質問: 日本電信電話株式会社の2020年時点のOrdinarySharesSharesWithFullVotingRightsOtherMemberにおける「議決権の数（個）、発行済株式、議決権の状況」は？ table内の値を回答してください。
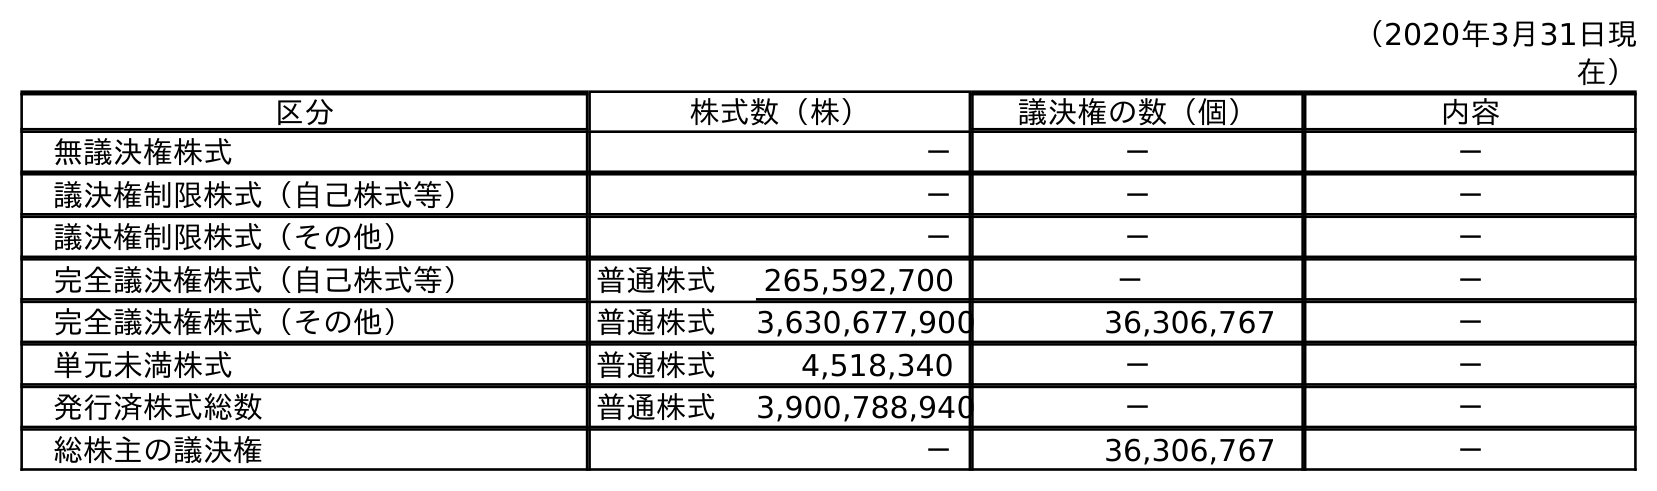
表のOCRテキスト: （2020年3月31日現 在） 区分 株式数（株） 議決権の数（個） 内容 無議決権株式 － － － 議決権制限株式（自己株式等） － － － 議決権制限株式（その他） － － － 完全議決権株式（自己株式等） 普通株式 265,592,700 － － 完全議決権株式（その他） 普通株式 3,630,677,900 36,306,767 － 単元未満株式 普通株式 4,518,340 － － 発行済株式総数 普通株式 3,900,788,940 － － 総株主の議決権 － 36,306,767 －
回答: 36,306,767